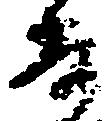
寿